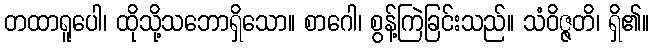
တထာရူပေါ၊ ထိုသို့သဘောရှိသော။ စာဂေါ၊ စွန့်ကြဲခြင်းသည်။ သံဝိဇ္ဇတိ၊ ရှိ၏။